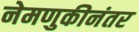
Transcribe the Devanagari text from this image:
नेमणुकीनंतर